Medical and sanitary report of the native army of Bengal for the year
Year: 1876
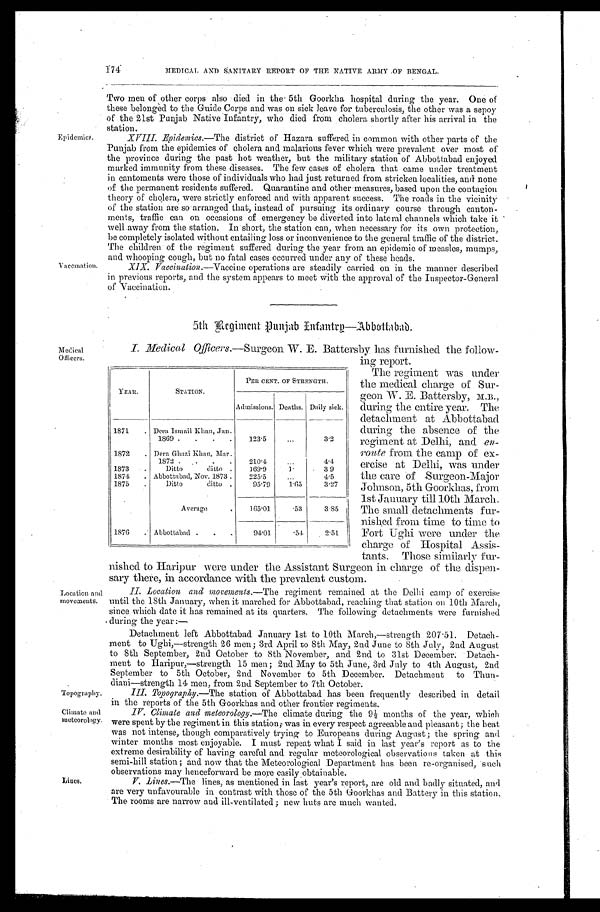
Epidemics.
Vaccination.
Medical
Officers.
Location and
movements.
Topography.
174
MEDICAL AND SANITARY REPORT OF THE NATIVE ARMY OF BENGAL.
Two men of other corps also died in the 5th Goorkha hospital during the year. One of
these belonged to the Guide Corp
s and was on sick leave for tuberculosis, the other was sepoy
of the 21st Punjab Native Infantry, who died from cholera shortly after his arrival in the
station.
XVIII. Epidemics. —The district of Hazara suffered in common with other parts of the
Punjab from the epidemics of cholera and malarious fever which were prevalent over most of
t h e p r o v i n c e d u r i n g t h e p a s t h o t we a t h e r , b u t t h e mi l i t a r y s t a t i o n o f Ab b o t t a b a d e n j o y e d
marked immunity from these diseases. The few cases of cholera that came under treatment
in cantoments were those of individuals who had just returned from stricken localities, and none
of the permanent residents suffered. Quarantine and other measures, based upon the contagion
theory of cholera, were strictly enforced and with apparent success. The roads in the vicinity
of the station are so arranged that, instead of pursuing its ordinary course through canton
- m e n t s , t r a f f i c c a n o n o c c a s i o n s o f e m e r g e n c y b e d i v e r t e d i n t o l a t e r a l c h a n n e l s w h i c h t a k e i t
well away from the station. In short, the station can, when necessary for its own protection,
be completely isolated without entailing loss or inconvenience to the general traffic of the district.
The children of the regiment suffered during the year from an epidemic of measles, mumps,
and whooping cough, but no fatal cases occurred under any of these heads.
XIX. Vaccination.—Vaccine operations are steadily carried on in the manner described
in previous reports, and the system appears to meet with the approval of the Inspector-General
of Vaccination.
5th Regiment Punjab Infantry—Abbattabad.
I. Medical Officers.—Surgeon W. E. Battersby has furnished the follow-
ing report.
The regiment was under
the medical charge of Sur-
geon W. E. Battersby,
M. B. during the entire year. The
detachment at Abbottabad
during the absence of the
regiment at Delhi, and en
-route from the camp of ex-
ercise at Delhi, was under
the care of Surgeon-Major
Johnson, 5th Goorkhas, from
1st January till 10th March.
The small detachments fur-
nished from time to time to
Fort Ughi were under the
charge of Hospital Assis-
tants. Those similarly fur-
ni shed t o Hari pur were under t he Assi st ant Surgeon i n charge of t he di spen-
sary there, in accordance with the prevalent custom.
II. Location and movenments.— T h e r e g i m e n t r e m a i n e d a t t h e D e l h i c a m p o f e x e r c i s e
until the 18th January, when it marched for Abbottabad, reaching that station on 10th March,
since which date it has remained at its quarters. The following detachments were furnished
during the year:—
Detachment left Abbottabad January 1st to 10th March,—strength 207.51. Detach-
ment to Ughi,—strength men; 3rd April to 8th May, 2nd June to 8th July, 2nd August
to 8th September, 2nd October to 8th November, and 2nd to 31st December. Detach-
ment to Haripur,—strength 15 men; 2nd May to 5th June, 3rd July to 4th August, 2nd
September to 5th October, 2nd November to 5th December. Detachment to Thun-
diani—strength 14 men, from 2nd September to 7th October.
III. Topography.—The station of Abbottabad has been frequently described in detail
in the reports of the 5th Goorkhas and other frontier regiments.
IV. Climate and meteorology. —The climate during the 9½ months of the year, which
were spent by the regiment in this station; was in every respect agreeable and pleasant; the heat
was not intense, though comparatively trying to Europeans during August; the spring and
winter months most enjoyable. I must repeat what I said in last year's report as to the
extreme desirability of having careful and regular meteorological observations taken at this
semi-hill station; and now that the Meteorological Department has been re-organised, such
observations may henceforward be more easily obtainable.
V. Lines.—The lines, as mentioned in last year's report, are old and badly situated, and
are very unfavourable in contrast with those of the 5th Goorkhas and Battery in this station.
The rooms are narrow and ill-ventilated; new huts are much wanted.
YEAR.
STATION.
PER CENT. OF STRENGTH.
Admissions. Deaths. Daily sick.
1871
Dera Ismail Khan, Jan.
1869
123.5
3.2
1872
Dera Ghazi Khan, Mar.
1872
210.4
4.4
1873
Ditto ditto
169.9
1.
3 9
1874
Abbottabad, Nov. 1873
225.5
4.5
1875
Ditto ditto
95.79 1.65
3.27
Average
165.01 .53
3.85
1876
Abbottabad
94.01
.54
2.51
C l i ma t e a n d Me t e o r o l o g y .
Lines.